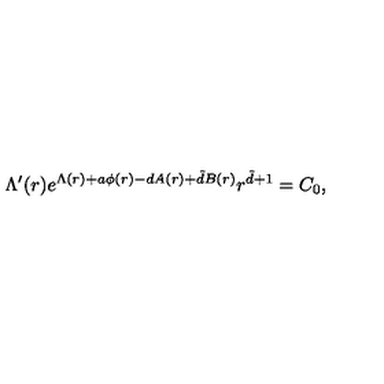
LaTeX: \Lambda ^ { \prime } ( r ) e ^ { \Lambda ( r ) + a \phi ( r ) - d A ( r ) + \tilde { d } B ( r ) } r ^ { \tilde { d } + 1 } = C _ { 0 } ,